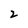
Character: 2